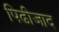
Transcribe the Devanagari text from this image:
पिढीजाद